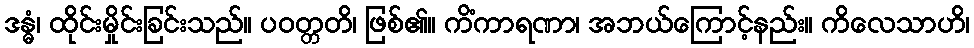
ဒန္ဓံ၊ ထိုင်းမှိုင်းခြင်းသည်။ ပဝတ္တတိ၊ ဖြစ်၏။ ကိံကာရဏာ၊ အဘယ်ကြောင့်နည်း။ ကိလေသာဟိ၊